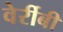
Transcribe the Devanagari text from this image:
वेर्रीबी